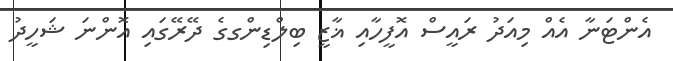
އެންޓަނާ އެއް މިއަދު ރައީސް އޮފީހާއި ޣާޒީ ބިލްޑިންގގެ ދޭރޭގައި އޮންނަ ޝަހީދު